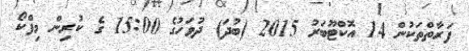
ފަރާތްތަކުން 14 އޮކްޓޫބަރު 2015 (ބުދަ) ދުވަހުގެ 15:00 ގެ ކުރިން މިފްކޯ